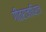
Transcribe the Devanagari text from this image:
गीतराजाधिराज